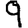
Digit: 9